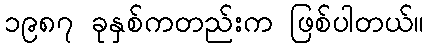
၁၉၈၇ ခုနှစ်ကတည်းက ဖြစ်ပါတယ်။